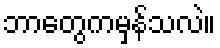
ဘာတွေကမှန်သလဲ။